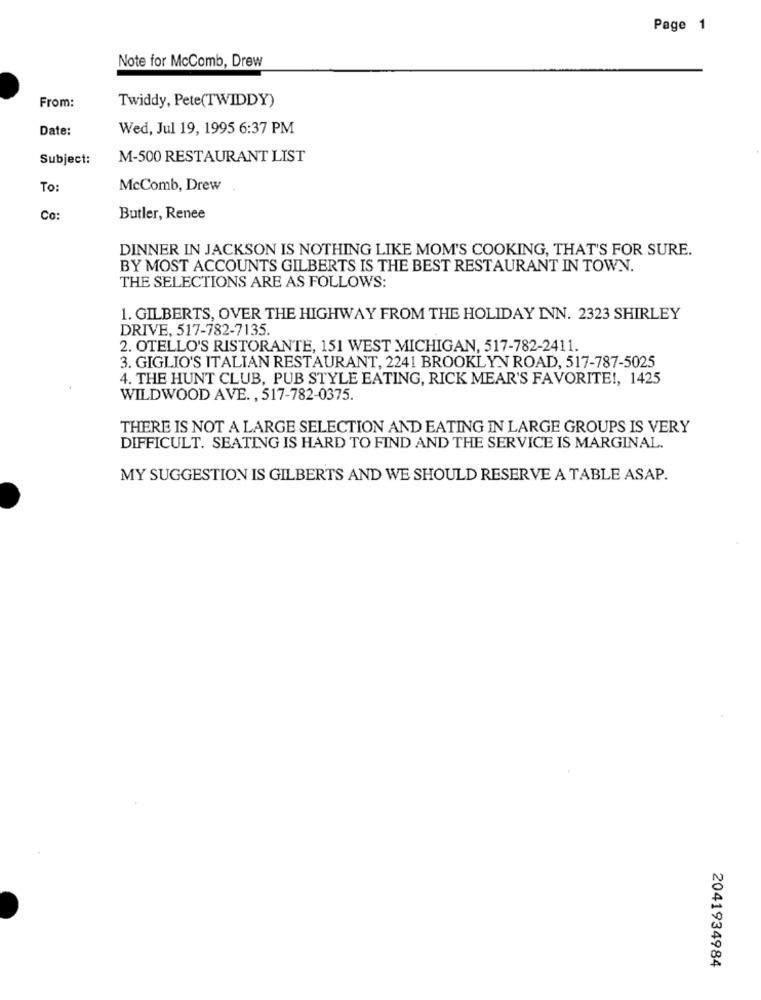
Page 1
Note for McComb, Drew
From:
Twiddy, Pete(TWIDDY)
Date:
Wed, Jul 19, 1995 6:37 PM
Subject:
M-500 RESTAURANT LIST
To:
McComb, Drew
Co
Butler, Renee
DINNER IN JACKSON IS NOTHING LIKE MOM'S COOKING, THAT'S FOR SURE.
BY MOST ACCOUNTS GILBERTS IS THE BEST RESTAURANT IN TOWN.
THE SELECTIONS ARE AS FOLLOWS:
1. GILBERTS, OVER THE HIGHWAY FROM THE HOLIDAY INN. 2323 SHIRLEY
DRIVE, 517-782-7135.
2. OTELLO'S RISTORANTE, 151 WEST MICHIGAN, 517-782-2411.
3. GIGLIO'S ITALIAN RESTAURANT, 2241 BROOKLYN ROAD, 517-787-5025
4. THE HUNT CLUB, PUB STYLE EATING, RICK MEAR'S FAVORITE !, 1425
WILDWOOD AVE. , 517-782-0375.
THERE IS NOT A LARGE SELECTION AND EATING IN LARGE GROUPS IS VERY
DIFFICULT. SEATING IS HARD TO FIND AND THE SERVICE IS MARGINAL.
MY SUGGESTION IS GILBERTS AND WE SHOULD RESERVE A TABLE ASAP.
2041934984